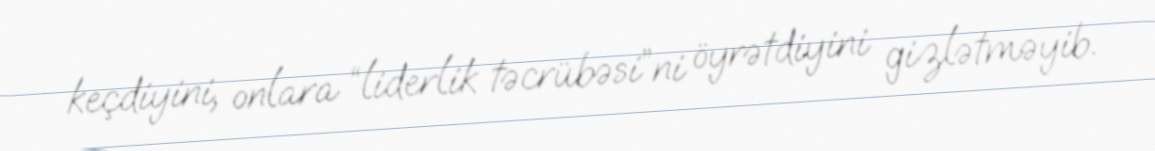
keçdiyini, onlara “liderlik təcrübəsi”ni öyrətdiyini gizlətməyib.